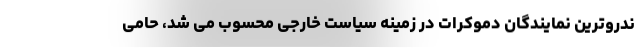
ندروترین نمایندگان دموکرات در زمینه سیاست خارجی محسوب می شد، حامی